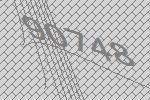
90748